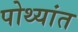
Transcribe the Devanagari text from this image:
पोथ्यांत